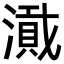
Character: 𪷎